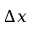
\Delta x